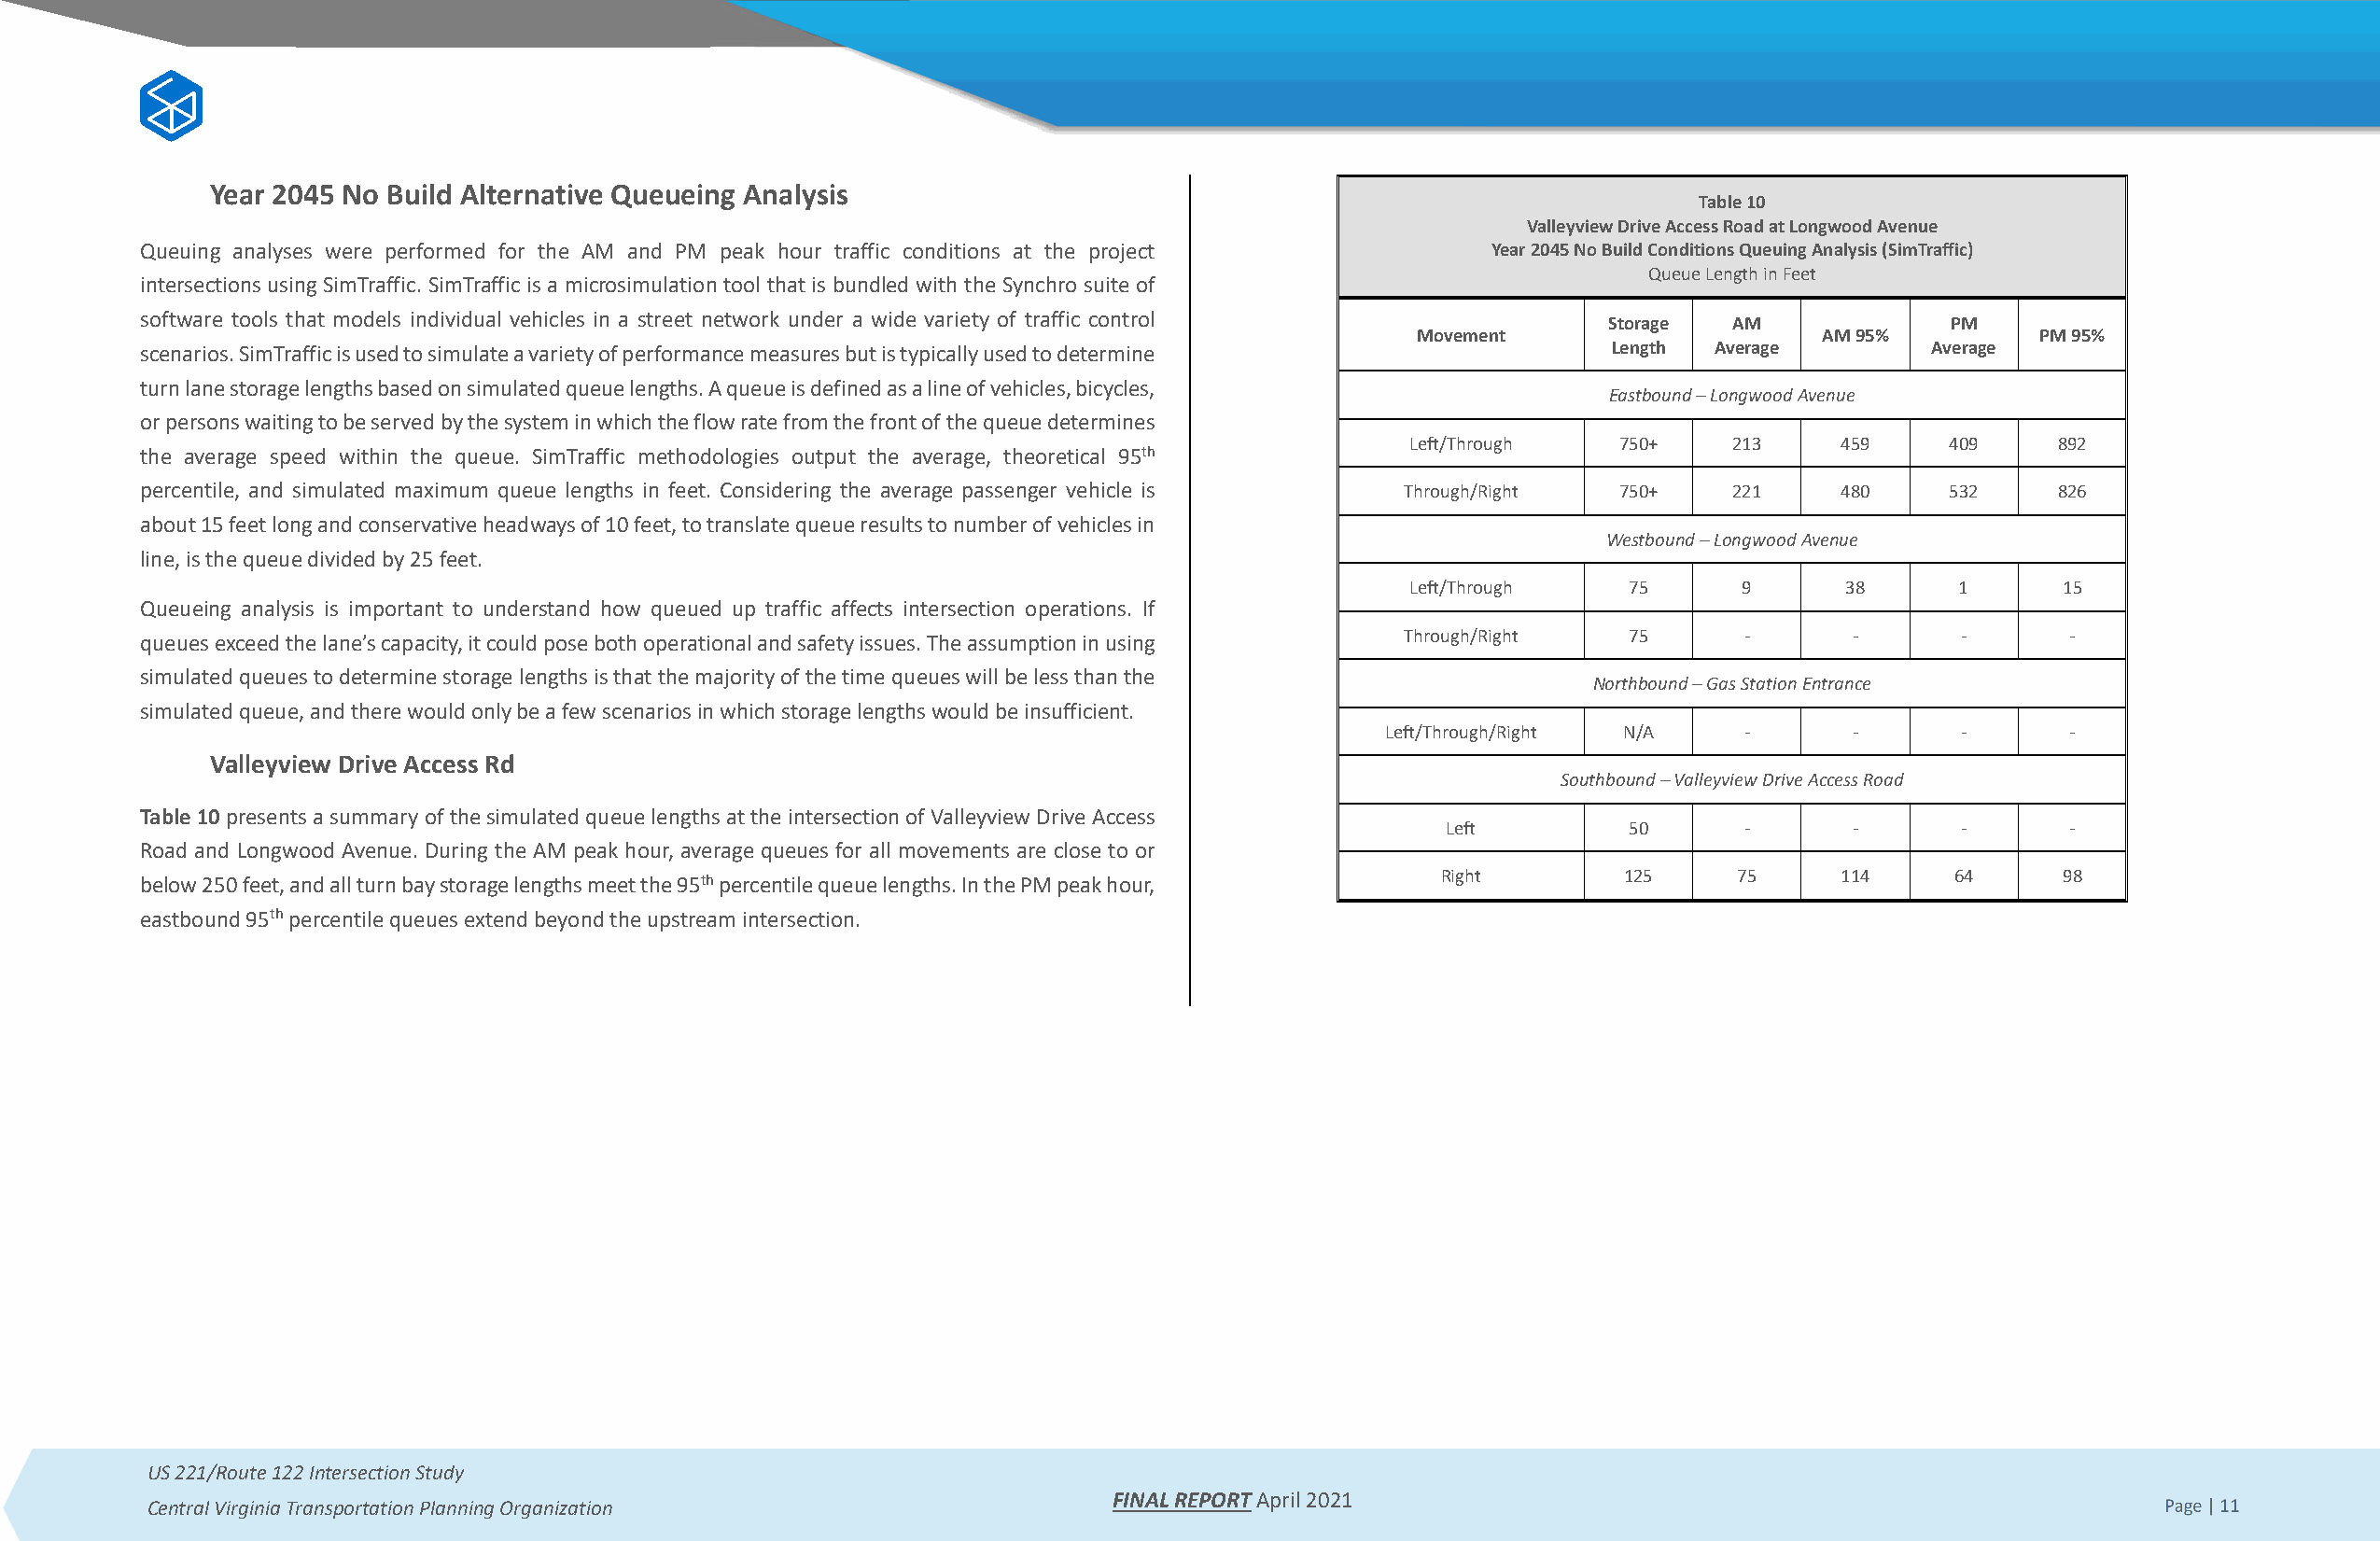
Year 2045 No Build Alternative Queueing Analysis
 Table 10
 Valleyview Drive Access Road at Longwood Avenue
 Queuing analyses were performed for the AM and PM peak hour traffic conditions at the project   Year 2045 No Build Conditions Queuing Analysis (SimTraffic)
 Queue Length in Feet
 intersections using SimTraffic. SimTraffic is a microsimulation tool that is bundled with the Synchro suite of
 software tools that models individual vehicles in a street network under a wide variety of traffic control
 Storage  AM             PM
 Movement                    AM 95%          PM 95%
 scenarios. SimTraffic is used to simulate a variety of performance measures but is typically used to determine Length Average  Average
 turn lane storage lengths based on simulated queue lengths. A queue is defined as a line of vehicles, bicycles,
 Eastbound – Longwood Avenue
 or persons waiting to be served by the system in which the flow rate from the front of the queue determines
 Left/Through   750+    213     459    409     892
 the average speed within the queue. SimTraffic methodologies output the average, theoretical 95th
 percentile, and simulated maximum queue lengths in feet. Considering the average passenger vehicle is Through/Right 750+ 221 480 532    826
 about 15 feet long and conservative headways of 10 feet, to translate queue results to number of vehicles in
 Westbound – Longwood Avenue
 line, is the queue divided by 25 feet.
 Left/Through    75      9      38      1      15
 Queueing analysis is important to understand how queued up traffic affects intersection operations. If
 queues exceed the lane’s capacity, it could pose both operational and safety issues. The assumption in using Through/Right 75 - - -      -
 simulated queues to determine storage lengths is that the majority of the time queues will be less than the
 Northbound – Gas Station Entrance
 simulated queue, and there would only be a few scenarios in which storage lengths would be insufficient.
 Left/Through/Right N/A    -      -       -       -
 Valleyview Drive Access Rd
 Southbound – Valleyview Drive Access Road
 Table 10 presents a summary of the simulated queue lengths at the intersection of Valleyview Drive Access
 Left         50      -      -       -       -
 Road and Longwood Avenue. During the AM peak hour, average queues for all movements are close to or
 below 250 feet, and all turn bay storage lengths meet the 95th percentile queue lengths. In the PM peak hour, Right 125 75 114   64     98
 eastbound 95th percentile queues extend beyond the upstream intersection.
 US 221/Route 122 Intersection Study
 FINAL REPORT April 2021
 Central Virginia Transportation Planning Organization                                                                                           Page | 11